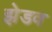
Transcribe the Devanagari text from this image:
झेडव